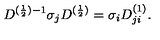
D ^ { ( \frac { 1 } { 2 } ) - 1 } { \sigma } _ { j } D ^ { ( \frac { 1 } { 2 } ) } = { \sigma } _ { i } D _ { j i } ^ { ( 1 ) } .